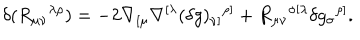
\delta ( R _ { \mu \nu } { } ^ { \lambda \rho } ) = - 2 \nabla _ { [ \mu } \nabla ^ { [ \lambda } ( \delta g ) _ { \nu ] } { } ^ { \rho ] } + R _ { \mu \nu } { } ^ { \sigma [ \lambda } \delta g _ { \sigma } { } ^ { \rho ] } { } .